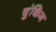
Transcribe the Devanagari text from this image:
चुंकिंग